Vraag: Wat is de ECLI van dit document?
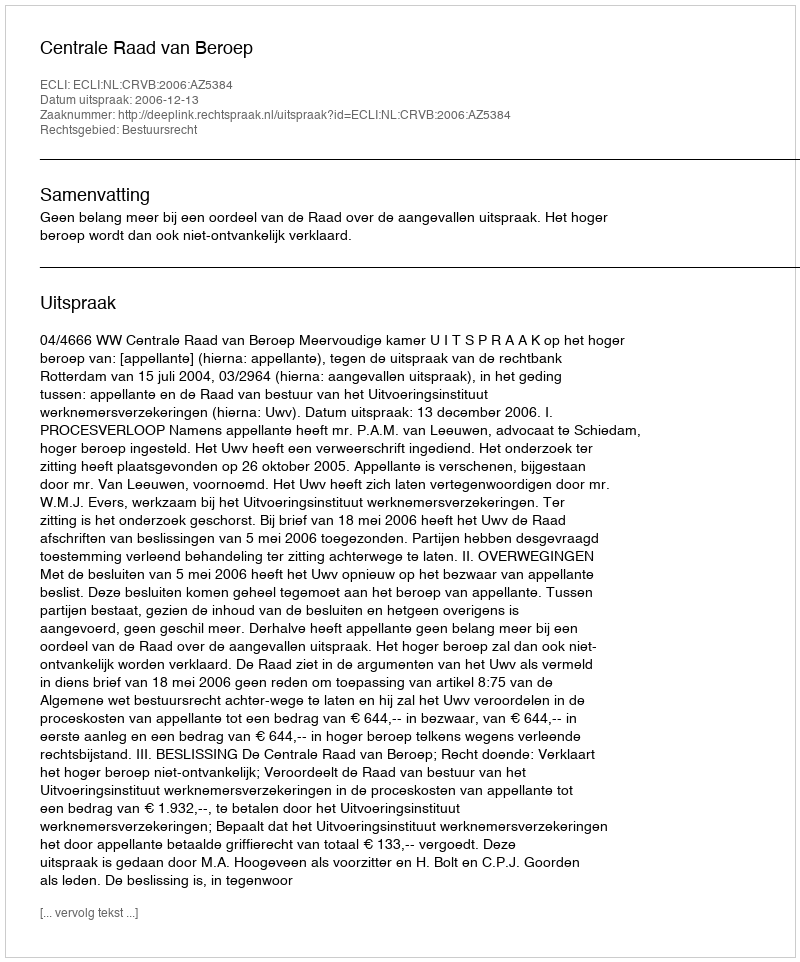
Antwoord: ECLI:NL:CRVB:2006:AZ5384